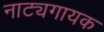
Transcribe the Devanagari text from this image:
नाट्यगायक